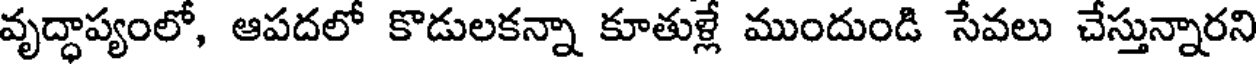
వృద్ధాప్యంలో, ఆపదలో కొడులకన్నా కూతుళ్లే ముందుండి సేవలు చేస్తున్నారని